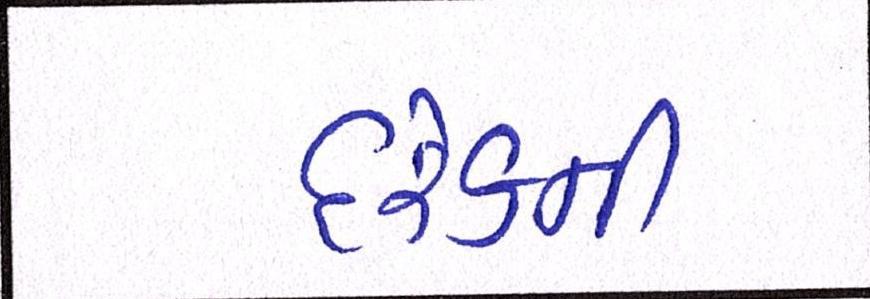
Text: દરેકની